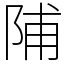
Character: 陠